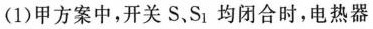
(1)甲方案中，开关S、S_{1}均闭合时，电热器